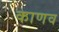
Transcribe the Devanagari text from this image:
काणव